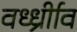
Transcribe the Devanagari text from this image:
वर्ध्ध्रीाव